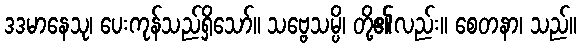
ဒဒမာနေသု၊ ပေးကုန်သည်ရှိသော်။ သဗ္ဗေသမ္ပိ၊ တို့၏လည်း။ စေတနာ၊ သည်။